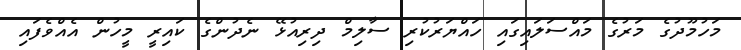
މަހުމޫދުގެ މަރުގެ މައްސަލައިގައި ހައްޔަރުކުރި ސާލިމް ދިރިއުޅޭ ނެދުންގެ ކައިރީ މީހުން އެއްވެފައި